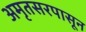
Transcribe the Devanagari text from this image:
अमृतसरपासून